Regulations for the medical services of the Army of India
Year: 1930
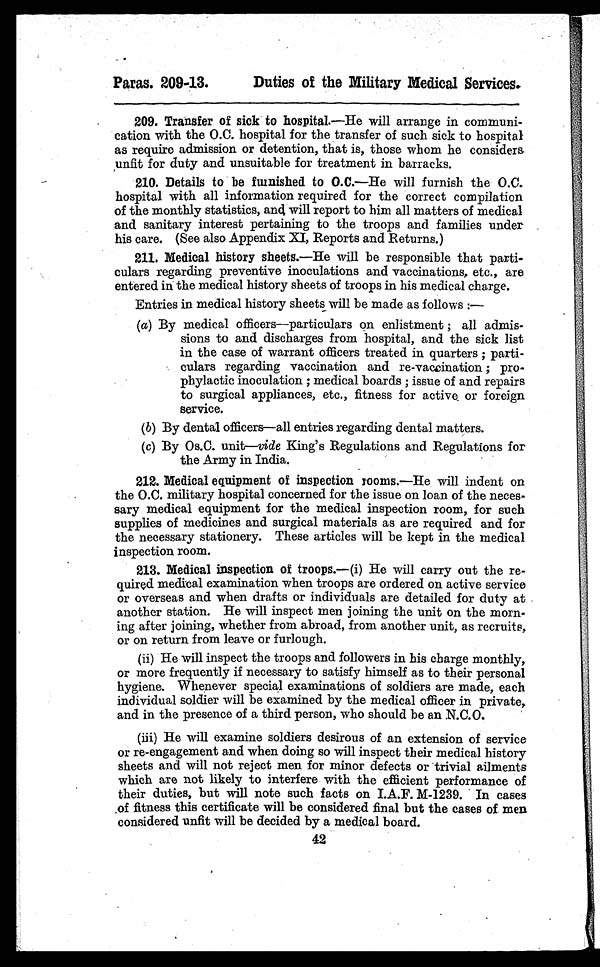
Paras. 209-13.
Duties of the Military Medical Services.
209. Transfer of sick to hospital.—He will arrange in communi
–
cation with the O.C. hospital for the transfer of such sick to hospital
as require admission or detention, that is, those whom he considers.
unfit for duty and unsuitable for treatment in barracks.
210. Details to be furnished to O.C.—He will furnish the O.C.
hospital with all information required for the correct compilation
of the monthly statistics, and will report to him all matters of medical
and sanitary interest pertaining to the troops and families under
his care. (See also Appendix XI, Reports and Returns.)
211. Medical history sheets.—He will be responsible that parti
–
culars regarding preventive inoculations and vaccinations, etc., are
entered in the medical history sheets of troops in his medical charge.
Entries in medical history sheets will be made as follows :
—
(a) By medical officers—particulars on enlistment; all admis-
sions to and discharges from hospital, and the sick list
in the case of warrant officers treated in quarters; parti-
culars regarding vaccination and re-vaccination; pro-
phylactic inoculation; medical boards; issue of and repairs
to surgical appliances, etc., fitness for active or foreign
service.
(b) By dental officers—all entries regarding dental matters.
(c) By Os.C. unit—vide King's Regulations and Regulations for
the Army in India.
212. Medical equipment of inspection rooms.—He will indent on
the O.C. military hospital concerned for the issue on loan of the neces-
sary medical equipment for the medical inspection room, for such
supplies of medicines and surgical materials as are required and for
the necessary stationery. These articles will be kept in the medical
inspection room.
213. Medical inspection of troops.—(i) He will carry out the re
-
quired medical examination when troops are ordered on active service
or overseas and when drafts or individuals are detailed for duty at
another station. He will inspect men joining the unit on the morn
-
ing after joining, whether from abroad, from another unit, as recruits,
or on return from leave or furlough.
(ii) He will inspect the troops and followers in his charge monthly,
or more frequently if necessary to satisfy himself as to their personal
hygiene. Whenever special examinations of soldiers are made, each
individual soldier will be examined by the medical officer in private,
and in the presence of a third person, who should be an N.C.O.
(iii) He will examine soldiers desirous of an extension of service
or re-engagement and when doing so will inspect their medical history
sheets and will not reject men for minor defects or trivial ailments
which are not likely to interfere with the efficient performance of
their duties, but will note such facts on I.A.F. M-1239. In cases
of fitness this certificate will be considered final but the cases of men
considered unfit will be decided by a medical board.
42